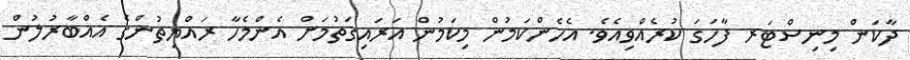
ދާކަން މިނިސްޓަރ ފާހަގަ ކުރެއްވިއެވެ. އެހެންކަމުން މިކަމުން އަރައިގަތުމަށް އެންމެހާ ރައްޔިތުންގެ އެއްބާރުލުން